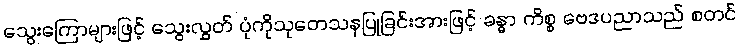
သွေးကြောများဖြင့် သွေးလွှတ် ပုံကိုသုတေသနပြုခြင်းအားဖြင့် ခန္ဓာ ကိစ္စ ဗေဒပညာသည် စတင်